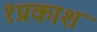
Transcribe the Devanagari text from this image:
१प्रकाश